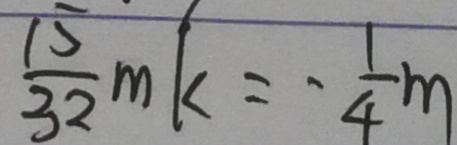
\frac { 1 5 } { 3 2 } m k = - \frac { 1 } { 4 } m